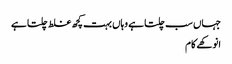
جہاں سب چلتا ہے وہاں بہت کچھ غلط چلتا ہے
انوکھے کام